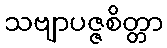
သဗျာပဇ္ဇစိတ္တာ